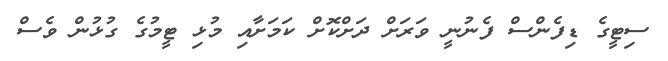
ސިޓީގެ ޑިފެންސް ފެނުނީ ވަރަށް ދަށްކޮށް ކަމަށާއި މުޅި ޓީމުގެ ގުޅުން ވެސް